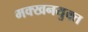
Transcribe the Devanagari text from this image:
मक्खनयुक्त